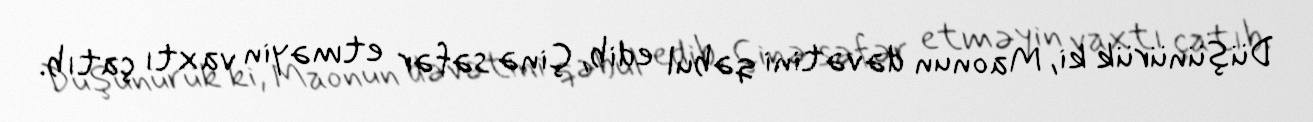
Düşünürük ki, Maonun dəvətini qəbul edib, Çinə səfər etməyin vaxtı çatıb.